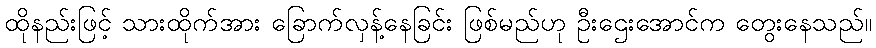
ထိုနည်းဖြင့် သားထိုက်အား ခြောက်လှန့်နေခြင်း ဖြစ်မည်ဟု ဦးဌေးအောင်က တွေးနေသည်။